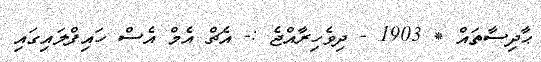
ޙާދިސާތައް * 1903 - ދިވެހިރާއްޖެ :- އެޗް އެމް އެސް ހައިފްލައިގައި